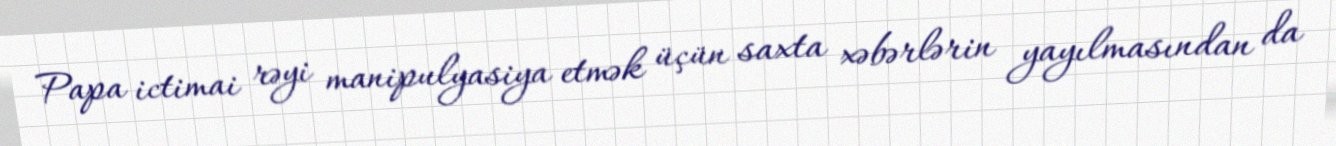
Papa ictimai rəyi manipulyasiya etmək üçün saxta xəbərlərin yayılmasından da